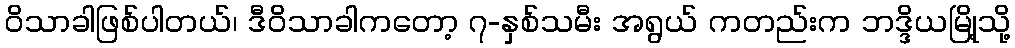
ဝိသာခါဖြစ်ပါတယ်၊ ဒီဝိသာခါကတော့ ၇-နှစ်သမီး အရွယ် ကတည်းက ဘဒ္ဒိယမြို့သို့